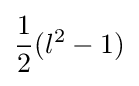
{\frac {1}{2}}(l^{2}-1)